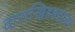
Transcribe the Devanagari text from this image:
दाराखिडक्यांवर